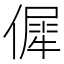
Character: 𠌬